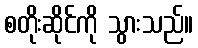
စတိုးဆိုင်ကို သွားသည်။